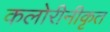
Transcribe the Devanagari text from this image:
कलोरीनीकृत